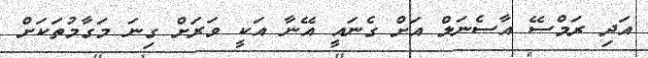
އަދި ރަމްސޭ އާސެނަލް އަށް ގެނައީ އޭނާ އަކީ ވަރަށް ގިނަ މަގާމުތަކަށް